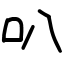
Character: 叭